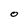
Character: O